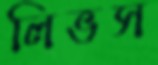
লিভস